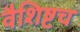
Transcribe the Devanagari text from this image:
वैशिष्टच